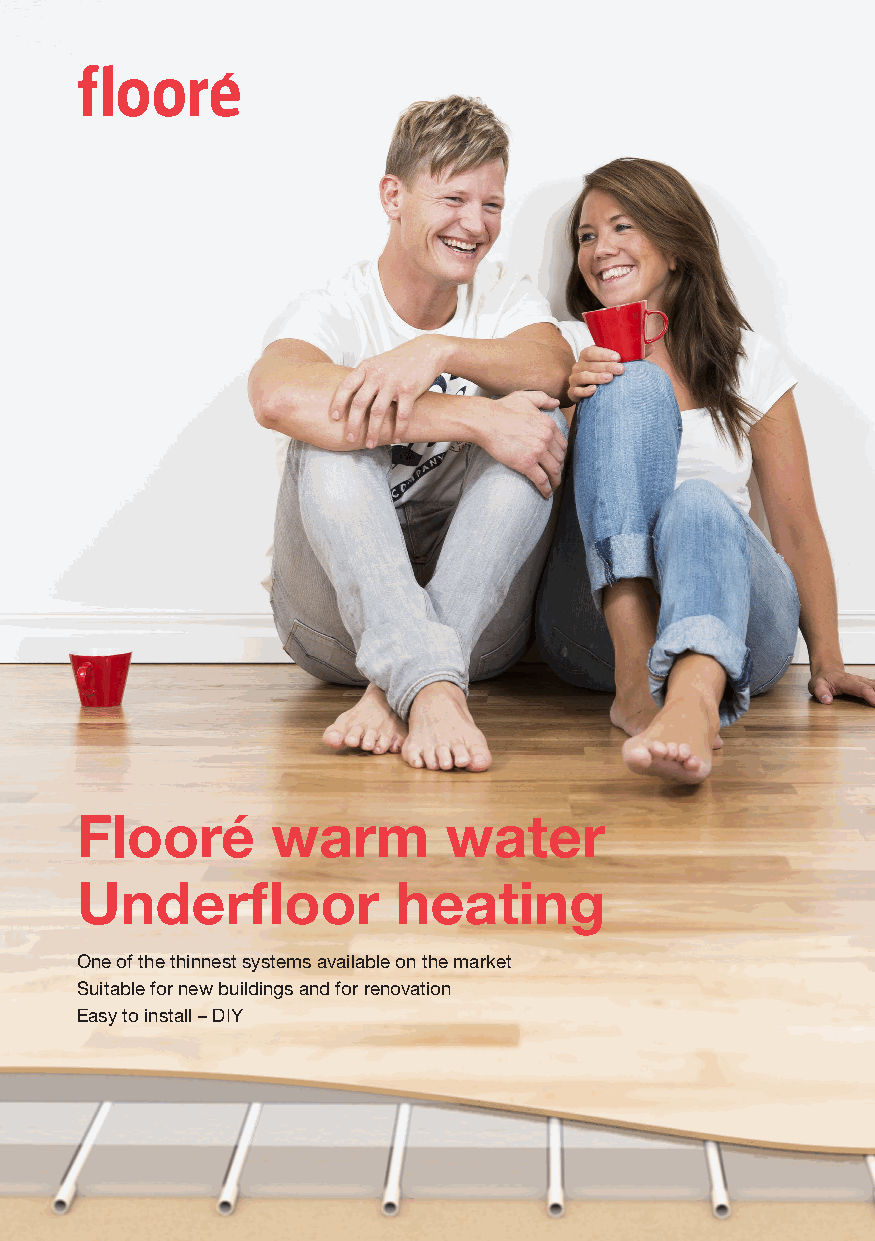
Flooré       warm       water
 Underfloor           heating
 One of the thinnest systems available on the market
 Suitable for new buildings and for renovation
 Easy to install – DIY